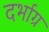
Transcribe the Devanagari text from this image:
दर्भाग्र